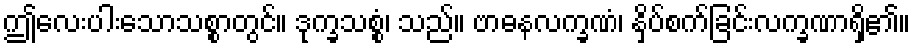
ဤလေးပါးသောသစ္စာတွင်။ ဒုက္ခသစ္စံ၊ သည်။ ဗာဓနလက္ခဏံ၊ နှိပ်စက်ခြင်းလက္ခဏာရှိ၏။